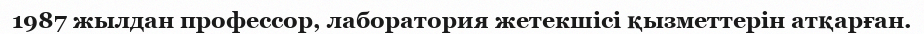
1987 жылдан профессор, лаборатория жетекшісі қызметтерін атқарған.